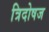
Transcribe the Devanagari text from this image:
त्रिदोषज